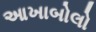
આખાબોલો